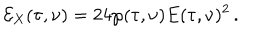
\mathcal { E } _ { X } ( \tau , \nu ) = 2 4 \wp ( \tau , \nu ) E ( \tau , \nu ) ^ { 2 } \, .